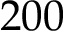
2 0 0